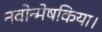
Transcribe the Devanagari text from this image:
नवोन्मेषकिया।